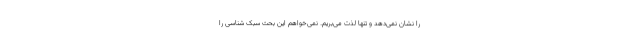
را نشان نمی‌دهد و تنها لذت می‌بریم. نمی‌خواهم این بحث سبک‌ شناسی را